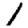
Digit: 1